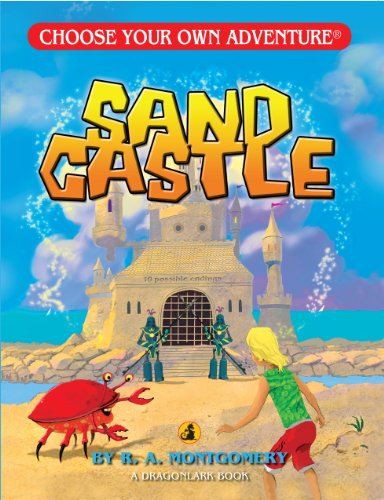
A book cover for Sand Castle (Choose Your Own Adventure - Dragonlarks); R. A. Montgomery; Children's Books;